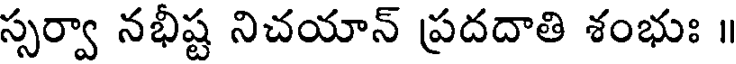
స్సర్వా నభీష్ట నిచయాన్ ప్రదదాతి శంభుః ॥